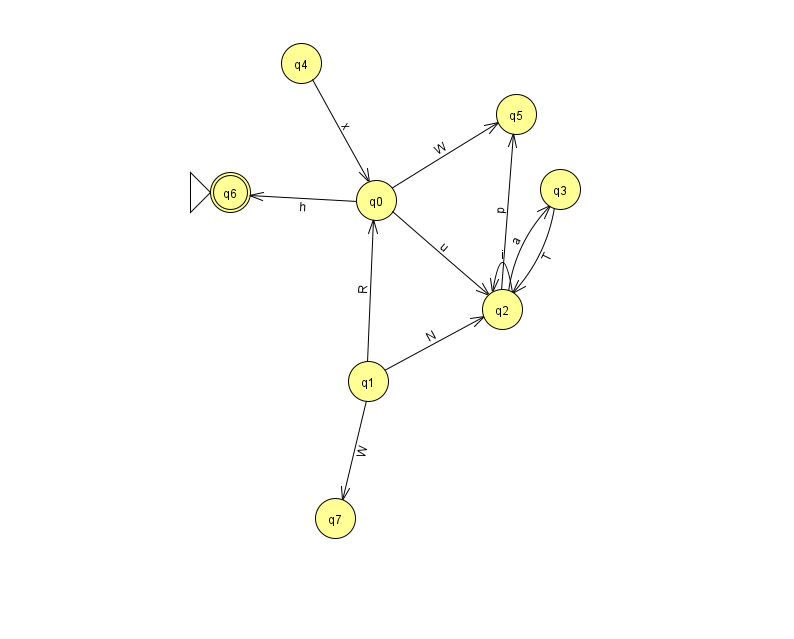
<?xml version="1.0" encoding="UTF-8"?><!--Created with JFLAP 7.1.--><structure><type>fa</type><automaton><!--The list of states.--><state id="0" name="q0"><x>376.0</x><y>187.0</y></state><state id="1" name="q1"><x>368.0</x><y>368.0</y></state><state id="2" name="q2"><x>502.0</x><y>296.0</y></state><state id="3" name="q3"><x>560.0</x><y>176.0</y></state><state id="4" name="q4"><x>301.0</x><y>50.0</y></state><state id="5" name="q5"><x>516.0</x><y>101.0</y></state><state id="6" name="q6"><x>230.0</x><y>179.0</y><initial/><final/></state><state id="7" name="q7"><x>335.0</x><y>505.0</y></state><!--The list of transitions.--><transition><from>3</from><to>2</to><read>T</read></transition><transition><from>0</from><to>6</to><read>h</read></transition><transition><from>1</from><to>7</to><read>W</read></transition><transition><from>2</from><to>3</to><read>a</read></transition><transition><from>0</from><to>5</to><read>W</read></transition><transition><from>0</from><to>2</to><read>u</read></transition><transition><from>2</from><to>2</to><read>i</read></transition><transition><from>1</from><to>2</to><read>N</read></transition><transition><from>1</from><to>0</to><read>R</read></transition><transition><from>2</from><to>5</to><read>p</read></transition><transition><from>4</from><to>0</to><read>x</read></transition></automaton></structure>